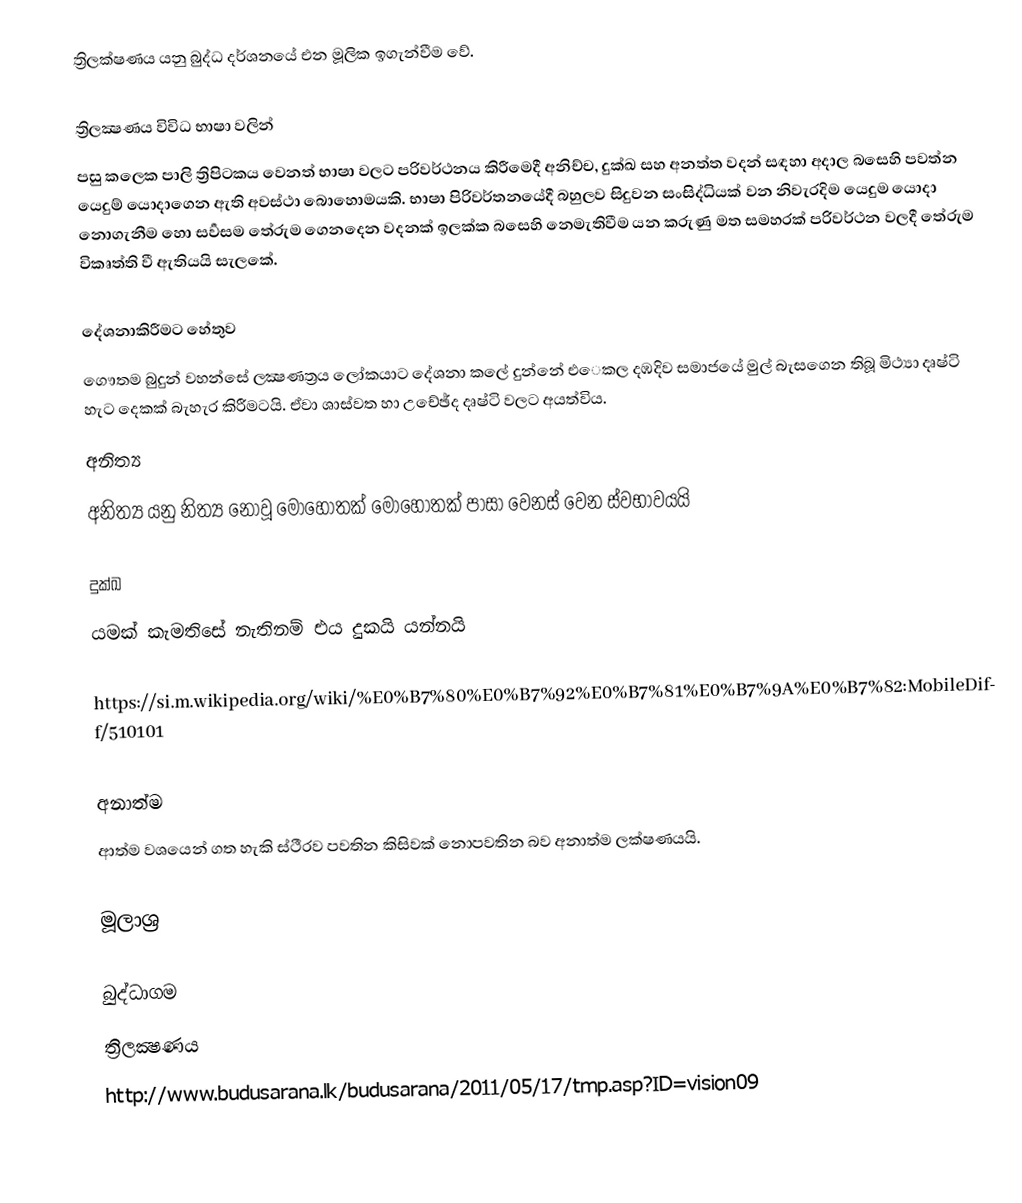
ත්‍රිලක්ෂණය යනු බුද්ධ දර්ශනයේ එන මූලික ඉගැන්වීම වේ.

ත්‍රිලක්‍ෂණය විවිධ භාෂා වලින්
පසු කලෙක පාලි ත්‍රිපිටකය වෙනත් භාෂා වලට පරිවර්ථනය කිරීමෙදී අනිච්ච, දුක්ඛ සහ අනත්ත වදන් සඳහා අදාල බසෙහි පවත්න යෙදුම් යොදාගෙන ඇති අවස්ථා බොහොමයකි. ﻿භාෂා පිරිවර්තනයේදී බහුලව සිදුවන සංසිද්ධියක් වන නිවැරදිම යෙදුම යොදා නොගැනීම හො සර්‍වසම තේරුම ගෙනදෙන වදනක් ඉලක්ක බසෙහි නෙමැතිවීම යන කරුණු මත සමහරක් පරිවර්ථන වලදී තේරුම විකෘත්ති වී ඇතියයි සැලකේ.

දේශනාකිරීමට හේතුව
ගෞතම බුදුන් වහන්සේ ලක්‍ෂණත්‍රය ලෝකයාට දේශනා කලේ දුන්නේ එෙකල දඹදිව සමාජයේ මුල් බැසගෙන තිබූ මිථ්‍යා දෘෂ්ටි හැට දෙකක් බැහැර කිරීමටයි. ඒවා ශාස්වත හා උචේඡ්ද දෘෂ්ටි වලට අයත්විය.
අනිත්‍ය
අනිත්‍ය යනු නිත්‍ය නොවූ මොහොතක් මොහොතක් පාසා වෙනස් වෙන ස්වභාවයයි

දුක්ඛ
යමක් කැමතිසේ නැතිනම් එය දුකයි යන්නයි

https://si.m.wikipedia.org/wiki/%E0%B7%80%E0%B7%92%E0%B7%81%E0%B7%9A%E0%B7%82:MobileDiff/510101

අනාත්ම
ආත්ම වශයෙන් ගත හැකි ස්ථීරව පවතින කිසිවක් නොපවතින බව අනාත්ම ලක්ෂණයයි.

මූලාශ්‍ර

බුද්ධාගම
ත්‍රිලක්‍ෂණය
http://www.budusarana.lk/budusarana/2011/05/17/tmp.asp?ID=vision09